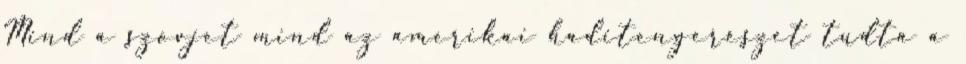
Mind a szovjet mind az amerikai haditengerészet tudta a